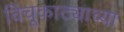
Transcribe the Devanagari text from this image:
विंचूकाट्याच्या